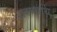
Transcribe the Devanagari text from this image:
शरणार्थि